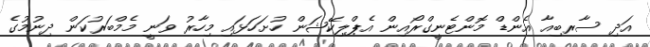
އަދި ސާރބިއާ އެންޑް މޮންޓެނީގްރޯއިން އެޕްލިކޭޝަން ހުށަހަޅައި މިހާރު ވަނީ މެމްބަރުކަން ދިނުމުގެ